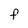
Character: F